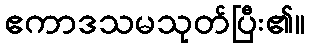
ဧကာဒသမသုတ်ပြီး၏။